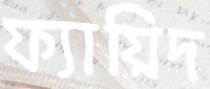
ফ্যায়িদ